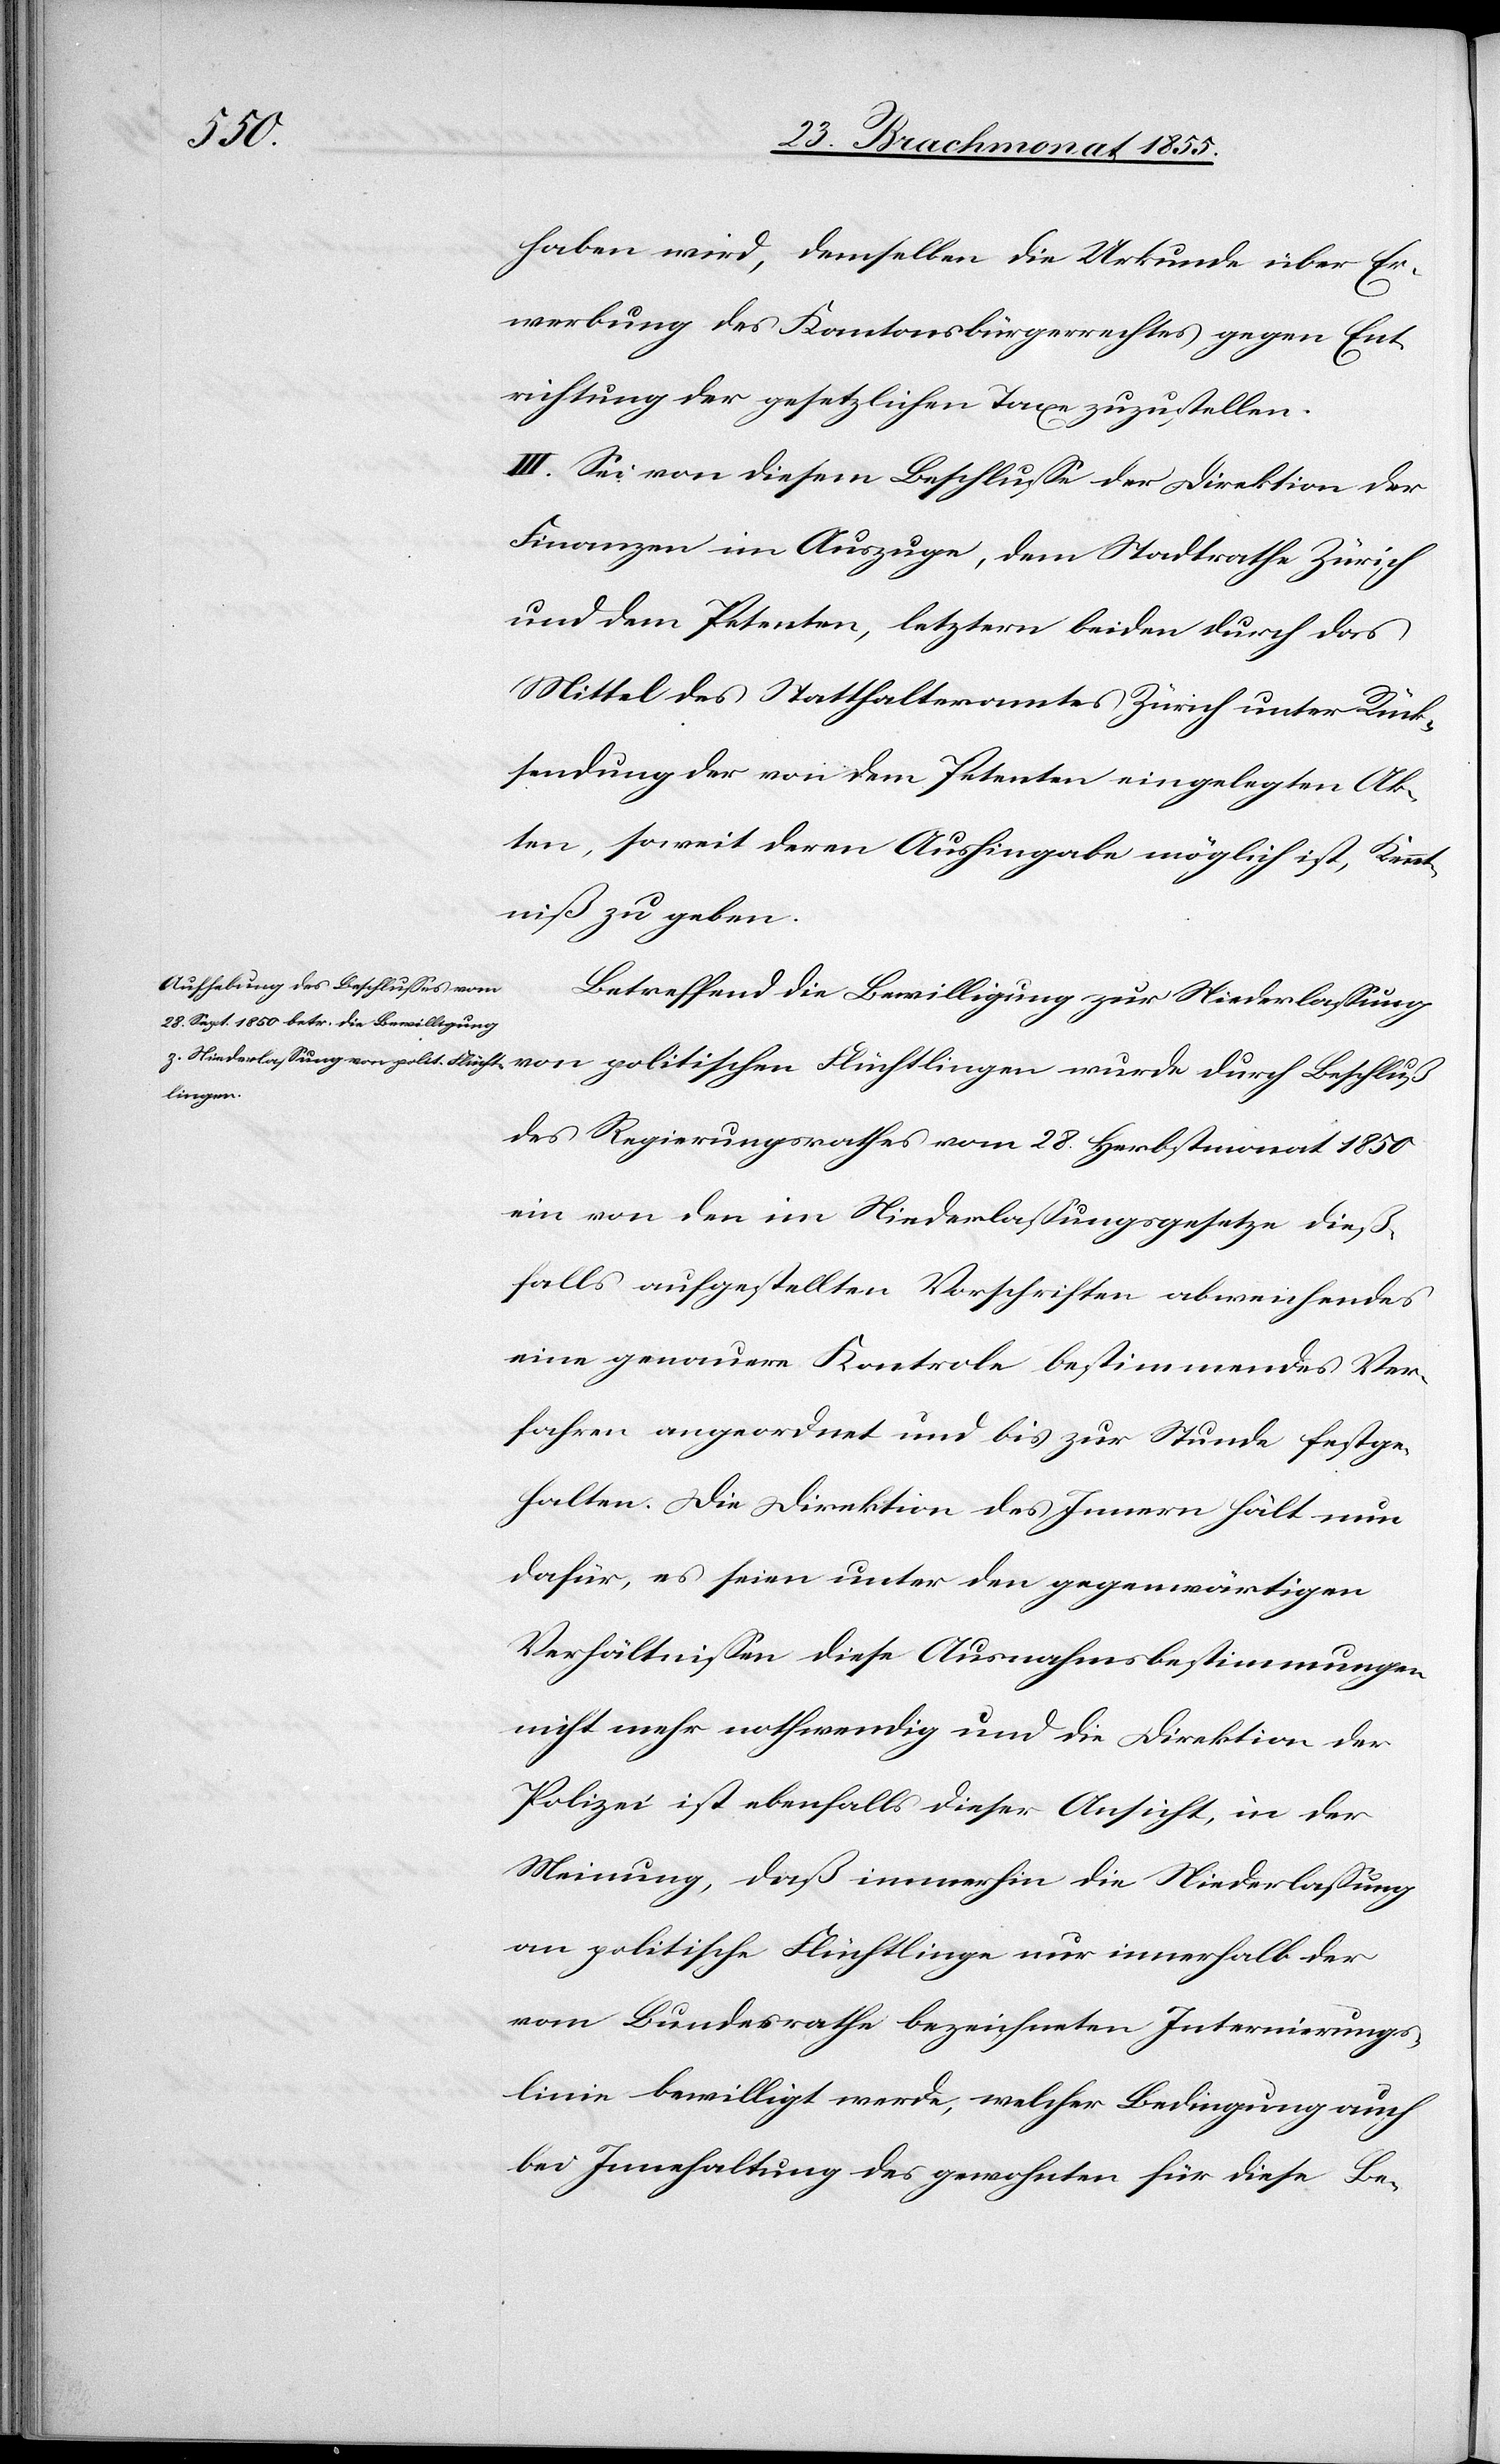
Flücht¬
haben wird, demselben die Urkunde über Er¬
werbung des Kantonsbürgerrechtes gegen Ent¬
richtung der gesetzlichen Taxe zuzustellen.
III. Sei von diesem Beschlusse der Direktion der
Finanzen im Auszuge, dem Stadtrathe Zürich
und dem Petenten, letztern beiden durch das
Mittel des Statthalteramtes Zürich unter Rück¬
sendung der von dem Petenten eingelegten Ak¬
ten, soweit deren Aushingabe möglich ist, Kennt¬
niß zu geben.
Betreffend die Bewilligung zur Niederlassung
lingen
des Regierungsrathes vom 28. Herbstmonat 1850
ein von den im Niederlassungsgesetze dieß¬
falls aufgestellten Vorschriften abweichendes
eine genauere Kontrole bestimmendes Ver¬
fahren angeordnet und bis zur Stunde festge¬
halten. Die Direktion des Innern hält nun
dafür, es seien unter den gegenwärtigen
Verhältnissen diese Ausnahmsbestimmungen
nicht mehr nothwendig und die Direktion der
Polizei ist ebenfalls dieser Ansicht, in der
Meinung, daß immerhin die Niederlassung
an politische Flüchtlinge nur innerhalb der
vom Bundesrathe bezeichneten Internierungs¬
linie bewilligt werde, welcher Bedingung auch
bei Innehaltung des gewohnten für diese Be-